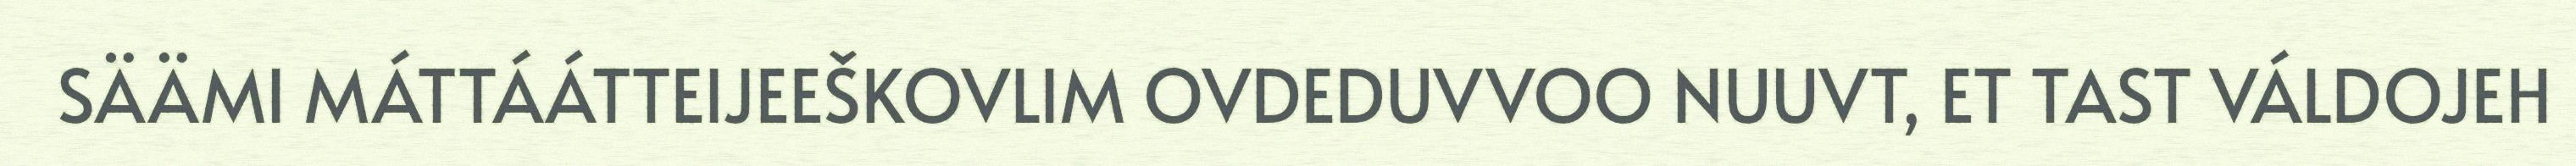
SÄÄMI MÁTTÁÁTTEIJEEŠKOVLIM OVDEDUVVOO NUUVT, ET TAST VÁLDOJEH